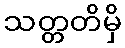
သတ္တတိမှိ